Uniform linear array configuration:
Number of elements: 32
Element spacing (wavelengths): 1
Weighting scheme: hamming
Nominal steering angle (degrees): -30
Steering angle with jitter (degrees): -28.37
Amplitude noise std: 0.05
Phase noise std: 0.05

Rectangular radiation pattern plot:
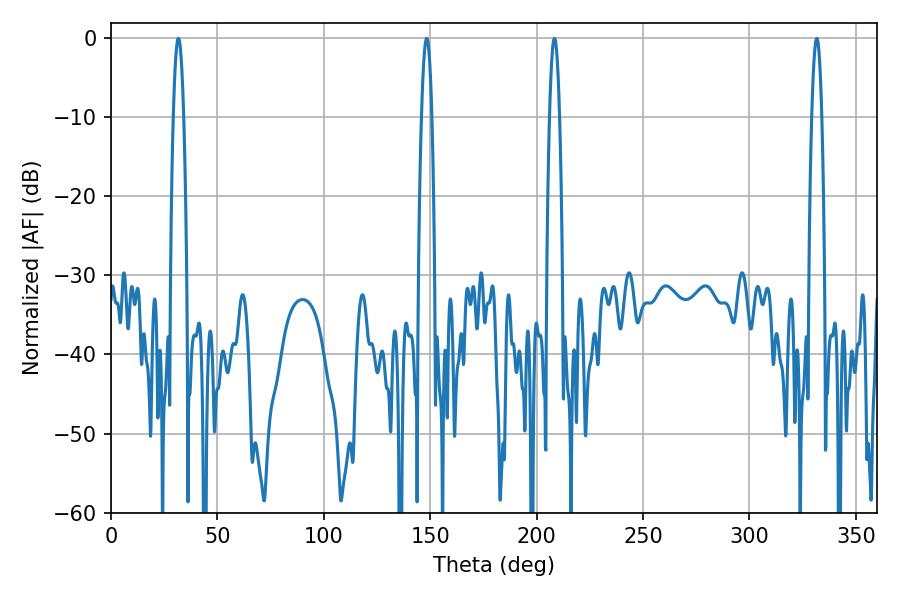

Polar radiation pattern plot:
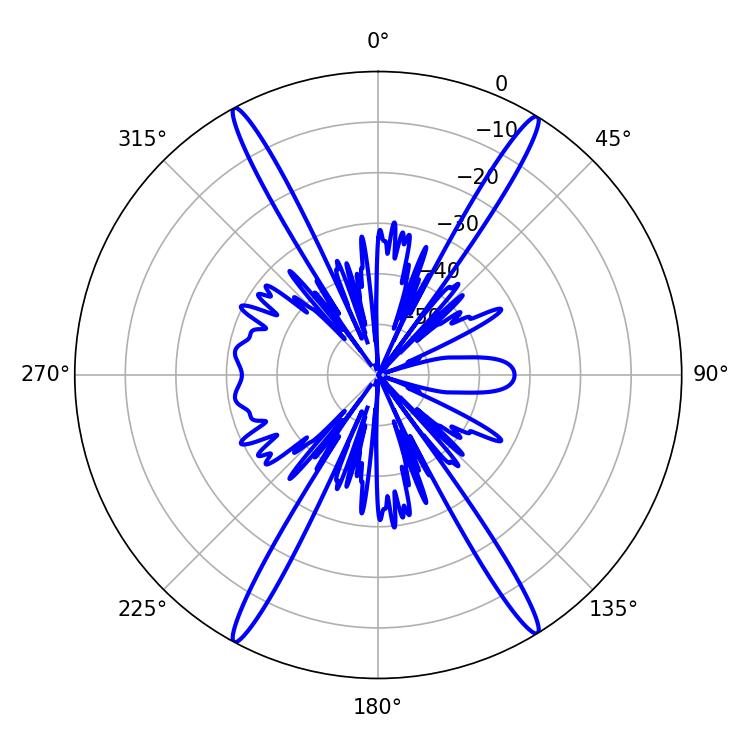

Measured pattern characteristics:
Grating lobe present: TRUE
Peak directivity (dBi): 25.093
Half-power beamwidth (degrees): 2.52
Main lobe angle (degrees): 31.68